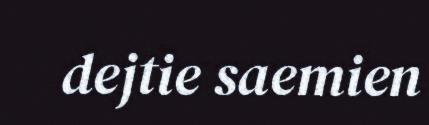
dejtie saemien